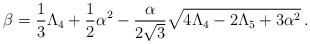
\begin{align*}\beta=\frac{1}{3}\Lambda_{4}+\frac{1}{2}\alpha^{2}-\frac{\alpha}{2\sqrt{3}}\sqrt{4\Lambda_{4}-2\Lambda_{5}+3\alpha^{2}}\,.\end{align*}